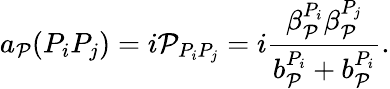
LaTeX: a_{\mathcal{P}}(P_{i}P_{j})=i\mathcal{P}_{P_{i}P_{j}}=i\frac{\beta_{\mathcal{P}}^{P_{i}}\beta_{\mathcal{P}}^{P_{j}}}{b_{\mathcal{P}}^{P_{i}}+b_{\mathcal{P}}^{P_{i}}}.